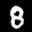
Label: 8